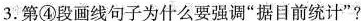
3.第④段画线句子为什么要强调“据目前统计”?